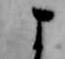
よ